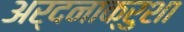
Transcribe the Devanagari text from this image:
अर्दनाक्रुशा